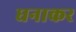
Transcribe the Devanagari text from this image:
धनाकर